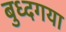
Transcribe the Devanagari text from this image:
बुध्दगया